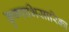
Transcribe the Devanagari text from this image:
कृष्णाभिसारिका